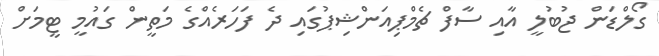
ގޯލްޑަން ޖުބުލީ އާއި ސާފް ޗެމްޕިއަންޝިޕުގައި ދެ ފަހަރެއްގެ މަތީން ގައުމީ ޓީމަށް